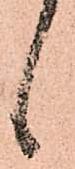
候